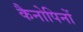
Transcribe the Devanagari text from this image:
कैनोपिनों